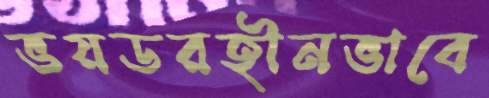
ভয়ডরহীনভাবে